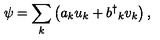
\psi = \sum _ { k } \left( a _ { k } u _ { k } + b ^ { \dag } { } _ { k } v _ { k } \right) ,